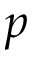
p